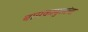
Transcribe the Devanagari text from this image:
बायकामुलांना